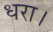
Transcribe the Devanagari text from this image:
धरा।